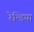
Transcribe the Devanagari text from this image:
रेन्डिया